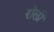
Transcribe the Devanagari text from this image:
रोलीं